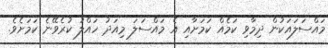
މައްސަލައަކުން ދިމާވި ކަމެއް ކަމަށާއި އެ މައްސަލަ މިއަދު ހައްލު ކުރެވޭނެ ކަމަށެވެ.